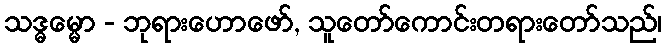
သဒ္ဓမ္မော - ဘုရားဟောဖော်, သူတော်ကောင်းတရားတော်သည်၊